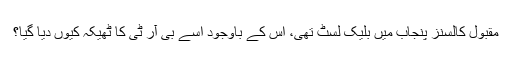
مقبول کالسنز پنجاب میں بلیک لسٹ تھی، اس کے باوجود اسے بی آر ٹی کا ٹھیکہ کیوں دیا گیا؟